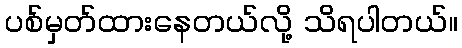
ပစ်မှတ်ထားနေတယ်လို့ သိရပါတယ်။